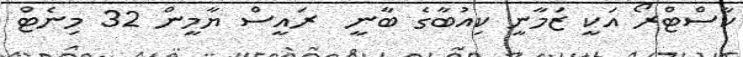
ކާސްޓްރޯ އަކީ ޒަމާނީ ކިއުބާގެ ބާނީ  ރައީސް ޔާމީން 32 މިނެޓް